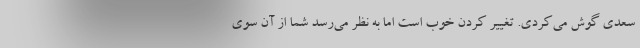
سعدی گوش می‌کردی. تغییر کردن خوب است اما به نظر می‌رسد شما از آن سوی